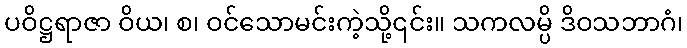
ပဝိဋ္ဌရာဇာ ဝိယ၊ စ၊ ဝင်သောမင်းကဲ့သို့၎င်း။ သကလမ္ပိ ဒိဝသဘာဂံ၊